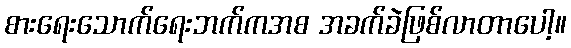
စားရေးသောက်ရေးဘက်ကအစ အခက်ခဲဖြစ်လာတာပေါ့။